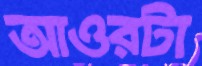
আওরটা